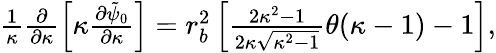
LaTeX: \begin{array}{r}{\frac{1}{\kappa}\frac{\partial}{\partial\kappa}\left[\kappa\frac{\partial\tilde{\psi}_{0}}{\partial\kappa}\right]=r_{b}^{2}\left[\frac{2\kappa^{2}-1}{2\kappa\sqrt{\kappa^{2}-1}}\theta(\kappa-1)-1\right],}\end{array}